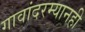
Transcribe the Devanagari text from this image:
गावांदरम्यानही